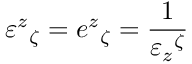
\varepsilon ^ { z } { } _ { \zeta } = e ^ { z } { } _ { \zeta } = \frac { 1 } { \varepsilon _ { z } { } ^ { \zeta } }